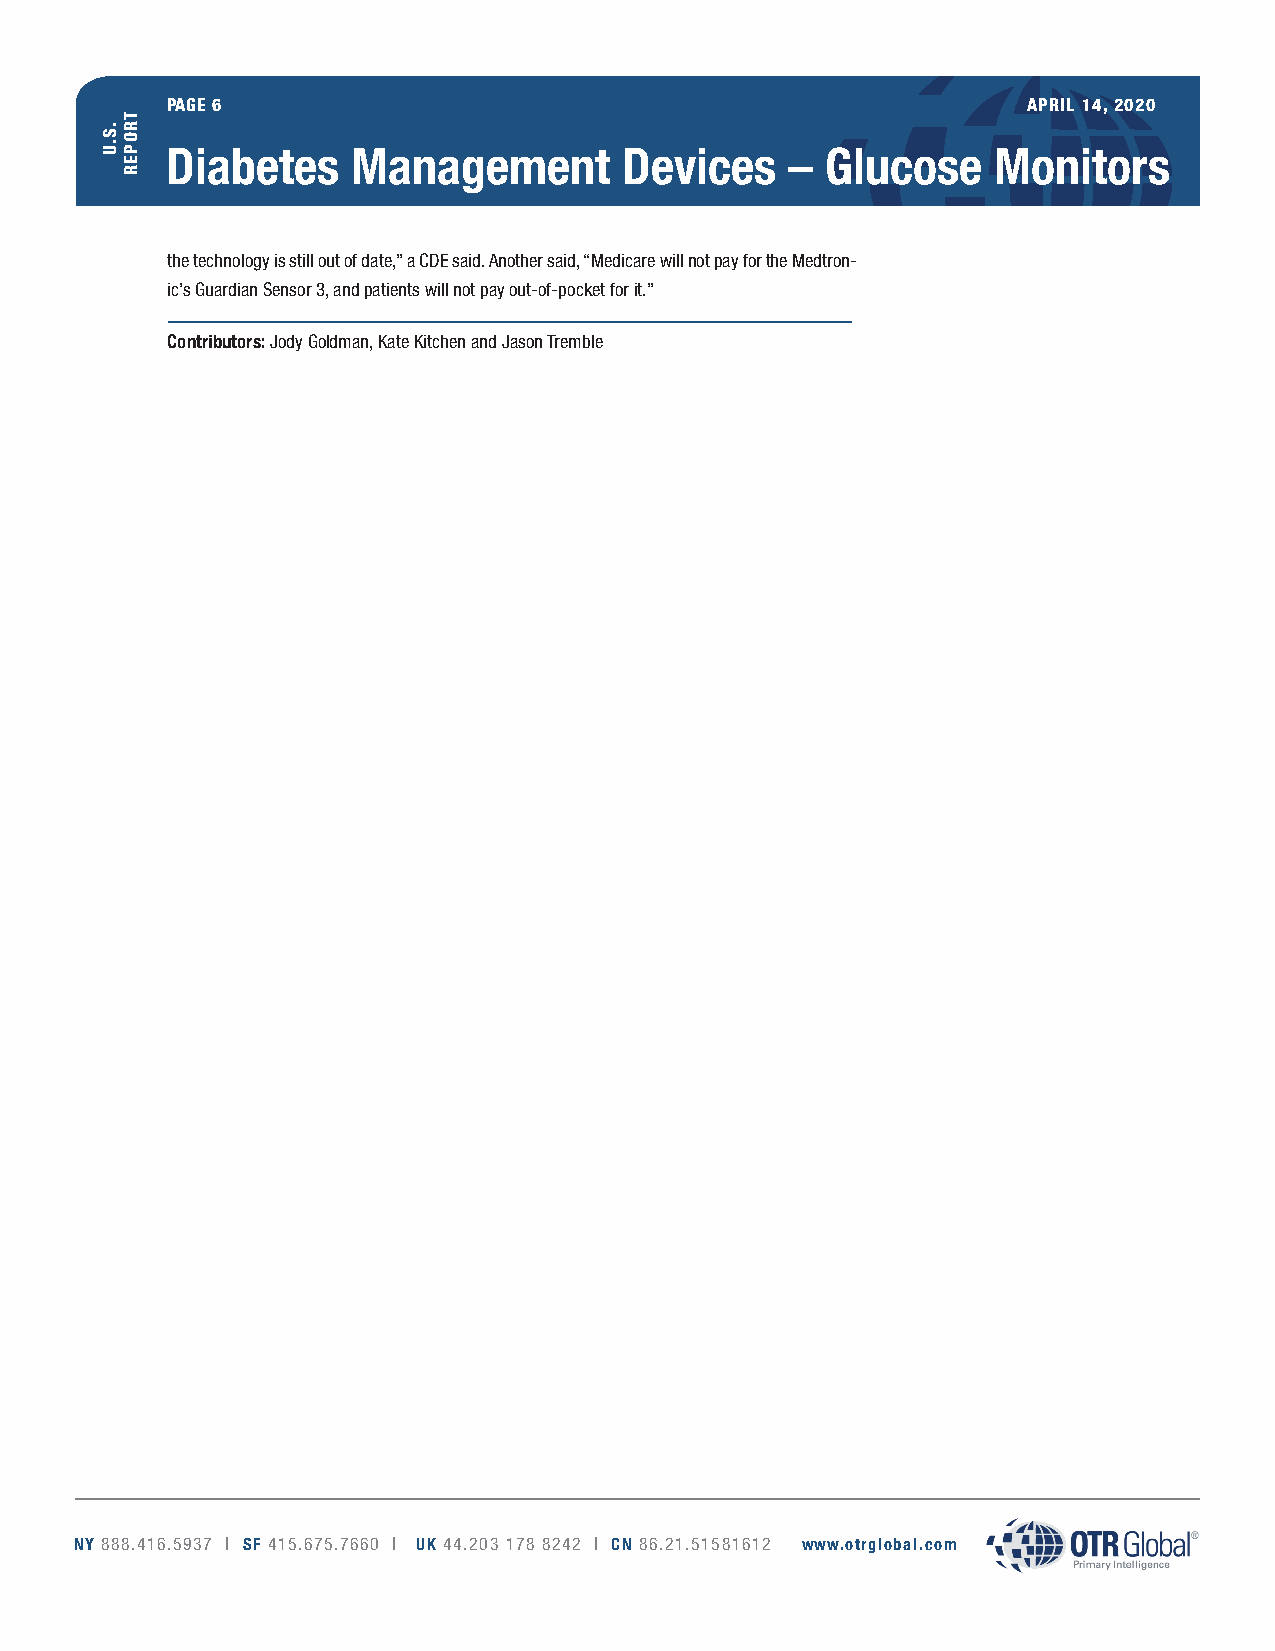
PAGE 6                                                   APRIL 14, 2020
 Diabetes    Management        Devices    –  Glucose    Monitors
 the technology is still out of date,” a CDE said. Another said, “Medicare will not pay for the Medtron-
 ic’s Guardian Sensor 3, and patients will not pay out-of-pocket for it.”
 Contributors: Jody Goldman, Kate Kitchen and Jason Tremble
 NY 888.416.5937 | SF 415.675.7660 | UK 44.203 178 8242 | CN 86.21.51581612 www.otrglobal.com
 .S.U
 TROPER